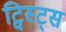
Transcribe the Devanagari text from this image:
ट्विस्ट्स